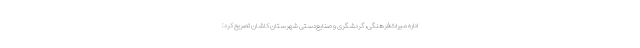
اداره میراث‌فرهنگی، گردشگری و صنایع‌دستی شهرستان کاشان تصریح کرد: